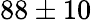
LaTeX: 88\pm 10